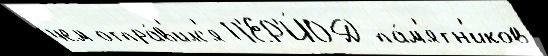
чем отпра́в'илс'я П'ЕР'И́ОД па́м'ятн'иков